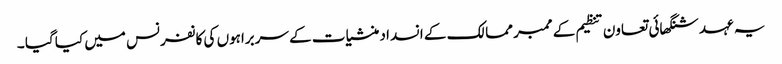
یہ عہد شنگھائی تعاون تنظیم کے ممبر ممالک کے انسداد منشیات کے سربراہوں کی کانفرنس میں کیا گیا ۔